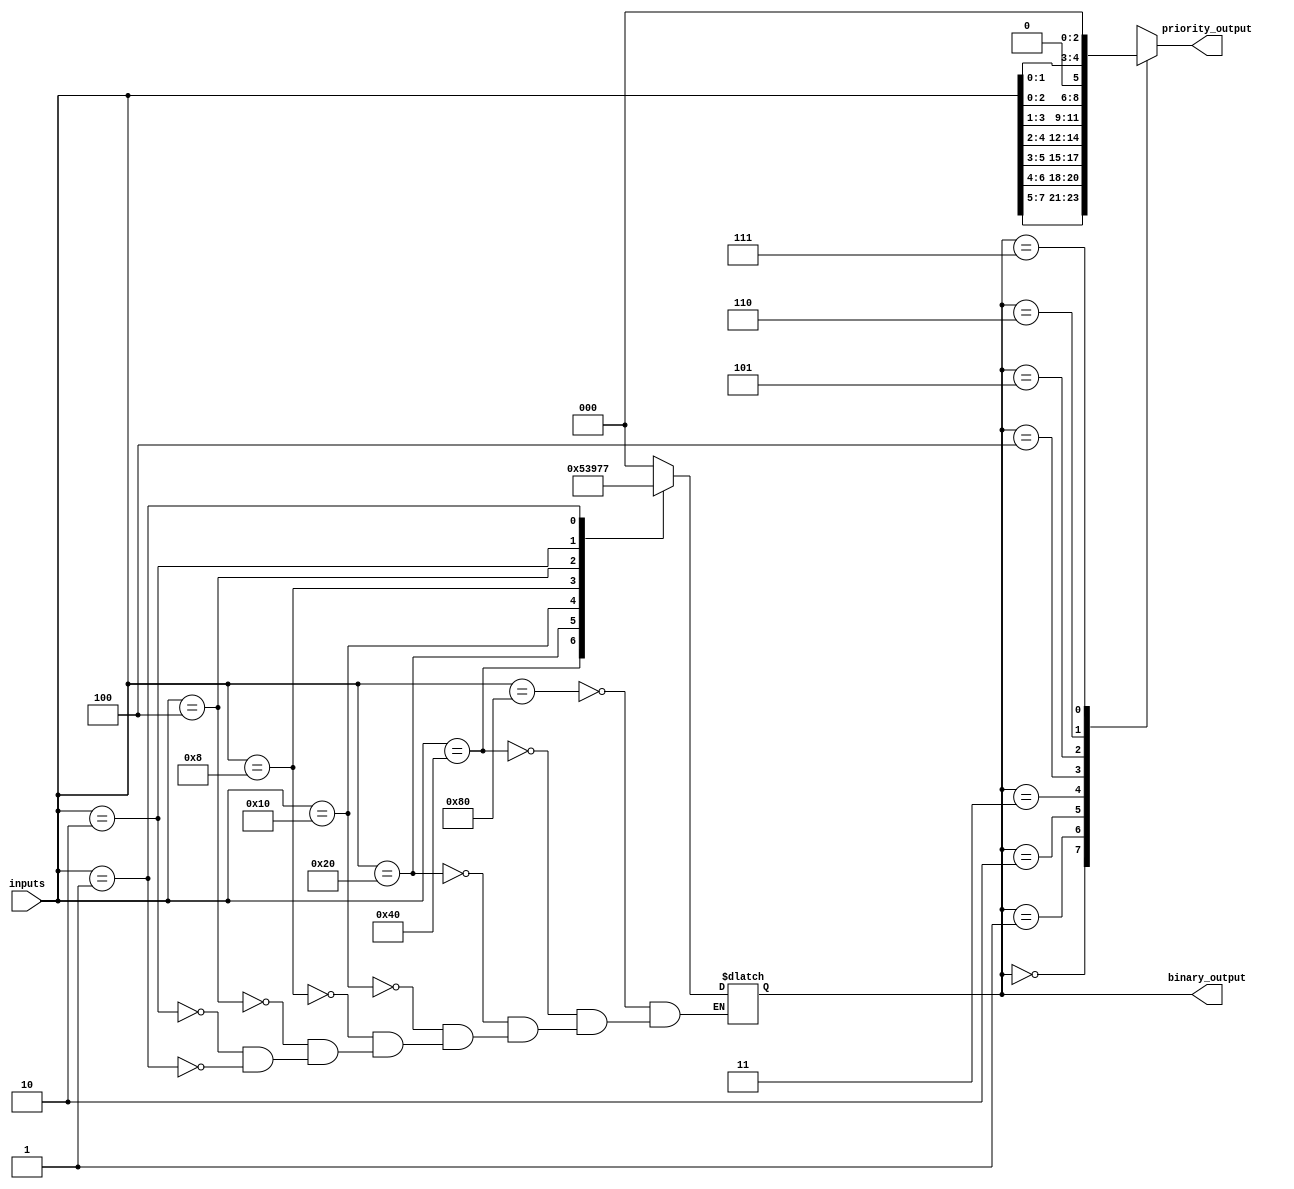
module priority_encoder_decoder (
    input [7:0] inputs,
    output reg [2:0] binary_output,
    output reg [2:0] priority_output
);

always @ (inputs)
begin
    case (inputs)
        8'b10000000: binary_output = 3'b000;
        8'b01000000: binary_output = 3'b001;
        8'b00100000: binary_output = 3'b010;
        8'b00010000: binary_output = 3'b011;
        8'b00001000: binary_output = 3'b100;
        8'b00000100: binary_output = 3'b101;
        8'b00000010: binary_output = 3'b110;
        8'b00000001: binary_output = 3'b111;
    endcase
end

always @ (binary_output)
begin
    case (binary_output)
        3'b000: priority_output = inputs[7:5];
        3'b001: priority_output = inputs[6:4];
        3'b010: priority_output = inputs[5:3];
        3'b011: priority_output = inputs[4:2];
        3'b100: priority_output = inputs[3:1];
        3'b101: priority_output = inputs[2:0];
        3'b110: priority_output = inputs[1:0];
        3'b111: priority_output = 8'b000;
    endcase
end

endmodule